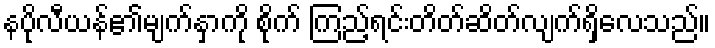
နပိုလီယန်၏မျက်နှာကို စိုက် ကြည့်ရင်းတိတ်ဆိတ်လျက်ရှိလေသည်။